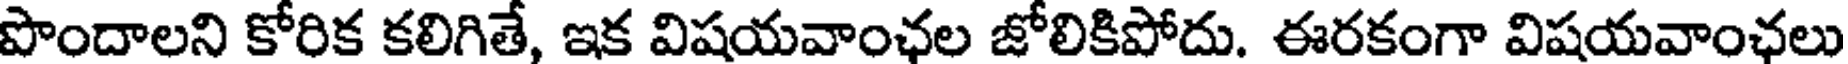
పొందాలని కోరిక కలిగితే, ఇక విషయవాంఛల జోలికిపోదు. ఈరకంగా విషయవాంఛలు